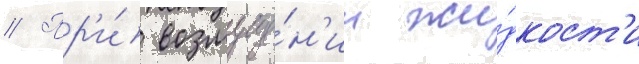
// Пр'и́ возмуще́н'ии жи́дкост'и